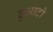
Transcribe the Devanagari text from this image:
डुआटो